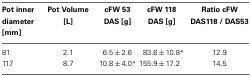
<table><thead><tr><td><b>Pot inner diameter [mm]</b></td><td><b>Pot Volume [L]</b></td><td><b>cFW 53 DAS [g]</b></td><td><b>cFW 118 DAS [g]</b></td><td><b>Ratio cFW DAS118 / DAS53</b></td></tr></thead><tbody><tr><td>81</td><td>2.1</td><td>6.5 ± 2.6</td><td>83.6 ± 10.8<sup>*</sup></td><td>12.9</td></tr><tr><td>117</td><td>8.7</td><td>10.8 ± 4.0<sup>*</sup></td><td>155.9 ± 17.2</td><td>14.5</td></tr></tbody></table>